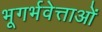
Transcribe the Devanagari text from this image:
भूगर्भवेत्ताओं